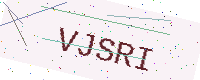
Text: VJSRI